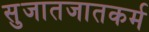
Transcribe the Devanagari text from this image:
सुजातजातकर्म